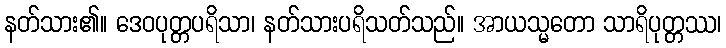
နတ်သား၏။ ဒေဝပုတ္တပရိသာ၊ နတ်သားပရိသတ်သည်။ အာယသ္မတော သာရိပုတ္တဿ၊